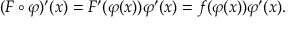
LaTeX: ( F \circ \varphi ) ^ { \prime } ( x ) = F ^ { \prime } ( \varphi ( x ) ) \varphi ^ { \prime } ( x ) = f ( \varphi ( x ) ) \varphi ^ { \prime } ( x ) .